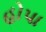
હોપા